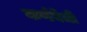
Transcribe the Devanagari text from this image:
कर्णवेधी